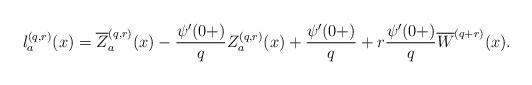
LaTeX: \begin{align*} l^{(q,r)}_a(x) &= \overline{Z}^{(q,r)}_a (x)-\frac{\psi^\prime (0+)}{q}Z^{(q,r)}_a(x) +\frac{\psi^\prime(0+)}{ q} + r \frac{\psi^\prime(0+)}{ q} \overline{W}^{(q + r)}(x).\end{align*}